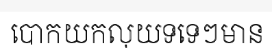
បោកយកលុយទទេៗមាន